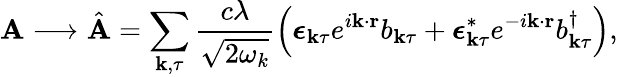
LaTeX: \mathbf{A}\longrightarrow\hat{\mathbf{A}}=\sum_{\mathbf{k},\tau}\frac{c\lambda}{\sqrt{2\omega_{k}}}\left(\boldsymbol{\epsilon}_{\mathbf{k}\tau}e^{i\mathbf{k}\cdot\mathbf{r}}b_{\mathbf{k}\tau}+\boldsymbol{\epsilon}_{\mathbf{k}\tau}^{*}e^{-i\mathbf{k}\cdot\mathbf{r}}b_{\mathbf{k}\tau}^{\dagger}\right),